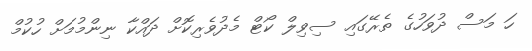
ހަ މަސް ދުވަހުގެ ތެރޭގައި ސިވިލް ކޯޓް މެދުވެރިކޮށް ދައްކާ ނިންމުމަށް ހުކުމް